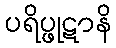
ပရိပ္ဖုဋာနိ